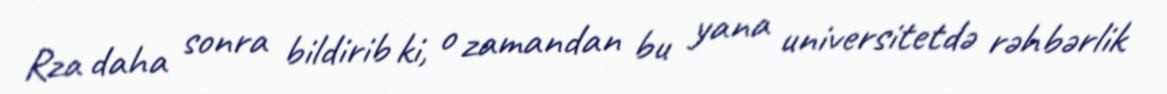
Rza daha sonra bildirib ki, o zamandan bu yana universitetdə rəhbərlik